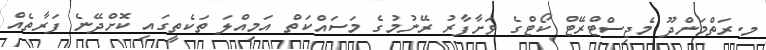
މ.ރަތްމަންދޫ މެޖިސްޓްރޭޓް ކޯޓްގެ ވަށާފާރު ރޭނުމުގެ މަސައްކަތް އަމިއްލަ ތަކެތީގައި ކޮށްދޭނެ ފަރާތެއް